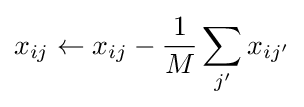
x_{ij}\leftarrow x_{ij}-{\frac {1}{M}}\sum _{j^{\prime }}x_{ij^{\prime }}